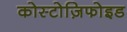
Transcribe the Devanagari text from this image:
कोस्टोज़िफोइड